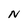
Character: N